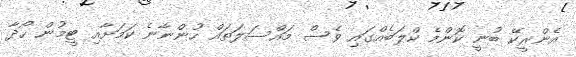
އެންރީކޭ ބުނީ ކޮންމެ ކްލަބެއްގައި ވެސް މައްސަލަތައް ހުންނާނެ ކަމަށާއި ޓީމުން ހޯދާ